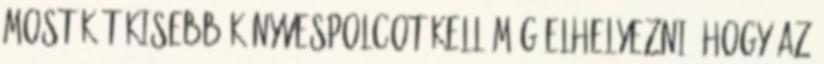
Most két kisebb könyvespolcot kell még elhelyezni, hogy az